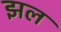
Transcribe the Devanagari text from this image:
झल